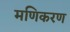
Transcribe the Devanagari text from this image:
मणिकरण